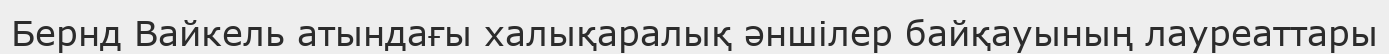
Бернд Вайкель атындағы халықаралық әншілер байқауының лауреаттары